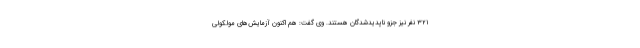
۳۲۱ نفر نیز جزو ناپدیدشدگان هستند. وی گفت: هم اکنون آزمایش‌های مولکولی